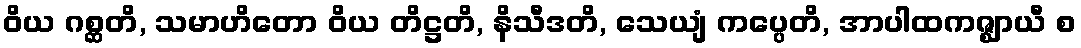
ဝိယ ဂစ္ဆတိ, သမာဟိတော ဝိယ တိဋ္ဌတိ, နိသီဒတိ, သေယျံ ကပ္ပေတိ, အာပါထကဇ္ဈာယီ စ